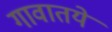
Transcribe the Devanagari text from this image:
गावातये